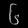
Digit: ၆